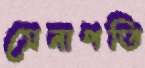
সেনাপতি